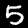
Digit: 5